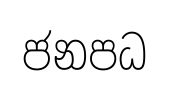
ජනපධ